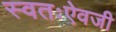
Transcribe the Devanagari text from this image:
स्वतःऐवजी